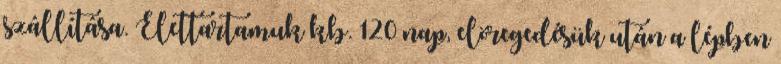
szállítása. Élettartamuk kb. 120 nap, elöregedésük után a lépben